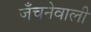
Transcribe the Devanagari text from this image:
जँचनेवाली